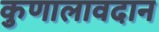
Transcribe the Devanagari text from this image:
कुणालावदान